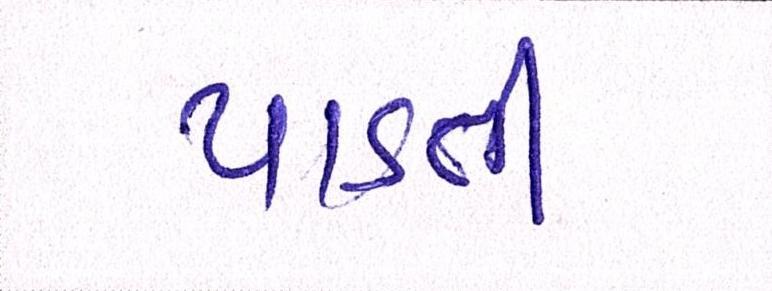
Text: પાડતી